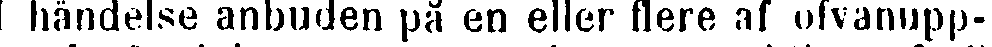
händelse anbuden på en eller flere af ofvanupp-